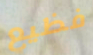
فظيع